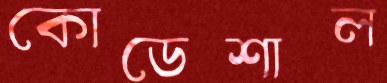
কোডেশাল